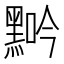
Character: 𪑑